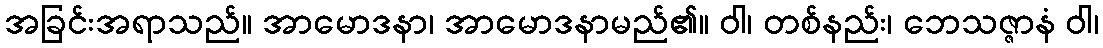
အခြင်းအရာသည်။ အာမောဒနာ၊ အာမောဒနာမည်၏။ ဝါ၊ တစ်နည်း၊ ဘေသဇ္ဇာနံ ဝါ၊